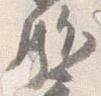
駈